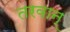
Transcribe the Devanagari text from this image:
तरवान्